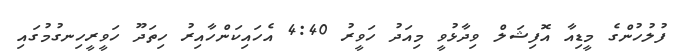
ފުލުހުންގެ މީޑިއާ އޮފިޝަލް ވިދާޅުވީ މިއަދު ހަވީރު 4:40 އެހައިކަންހާއިރު ހިތަދޫ ހަވީރީހިނގުމުގައި